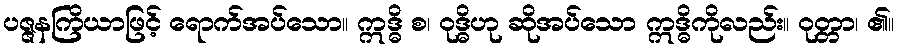
ပဇ္ဇနကြိယာဖြင့် ရောက်အပ်သော။ ဣဒ္ဓိ စ၊ ဝုဒ္ဓိဟု ဆိုအပ်သော ဣဒ္ဓိကိုလည်း။ ဝုတ္တာ၊ ၏။